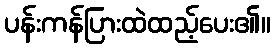
ပန်းကန်ပြားထဲထည့်ပေး၏။